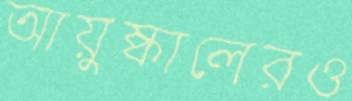
আয়ুষ্কালেরও